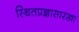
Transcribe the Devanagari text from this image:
स्थितप्रज्ञासारखा